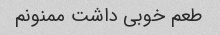
طعم خوبی داشت ممنونم